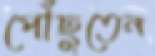
পৌঁছুতেন